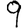
Digit: 9